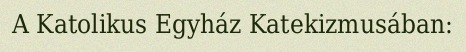
A Katolikus Egyház Katekizmusában: